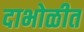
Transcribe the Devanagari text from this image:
दाभोळीत